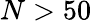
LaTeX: N>50